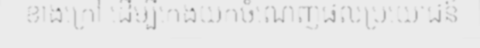
ខាងក្រៅ ដើម្បីកេងយកចំណេញផលប្រយោជន៍